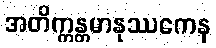
အတိက္ကန္တမာနုဿကေန